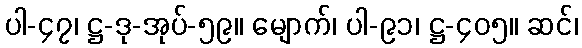
ပါ-၄၇၊ ဋ္ဌ-ဒု-အုပ်-၅၉။ မျောက်၊ ပါ-၉၁၊ ဋ္ဌ-၄၀၅။ ဆင်၊